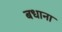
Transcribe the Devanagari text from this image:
बधाना